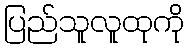
ပြည်သူလူထုကို